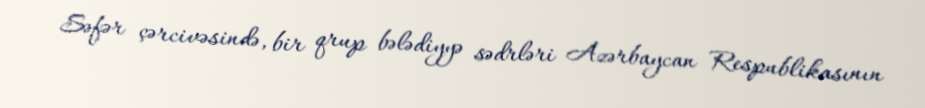
Səfər çərcivəsində, bir qrup bələdiyyə sədrləri Azərbaycan Respublikasının